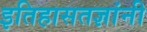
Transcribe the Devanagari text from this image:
इतिहासतज्ञांनी